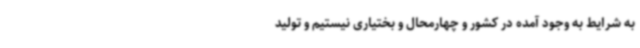
به شرایط به وجود آمده در کشور و چهارمحال و بختیاری نیستیم و تولید